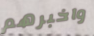
واخبرهم